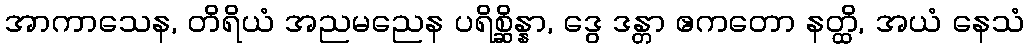
အာကာသေန, တိရိယံ အညမညေန ပရိစ္ဆိန္နာ, ဒွေ ဒန္တာ ဧကတော နတ္ထိ, အယံ နေသံ